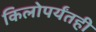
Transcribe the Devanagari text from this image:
किलोपर्यंतही